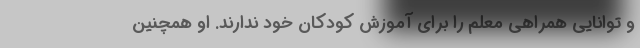
و توانایی همراهی معلم را برای آموزش کودکان خود ندارند. او همچنین